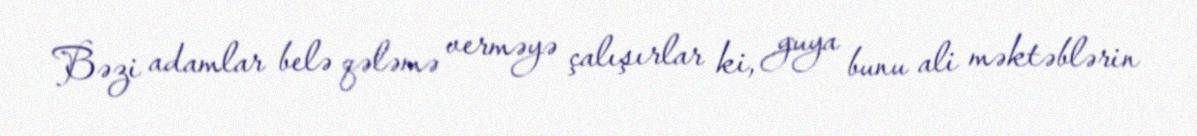
Bəzi adamlar belə qələmə verməyə çalışırlar ki, guya bunu ali məktəblərin